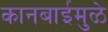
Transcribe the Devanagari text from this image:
कानबाईमुळे